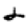
Digit: 2